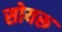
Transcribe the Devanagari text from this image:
सोयरू